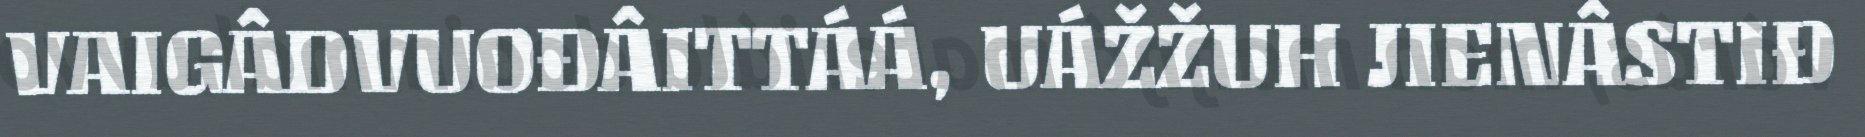
VAIGÂDVUOĐÂITTÁÁ, UÁŽŽUH JIENÂSTIĐ